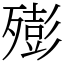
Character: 㱶